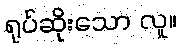
ရုပ်ဆိုးသော လူ။